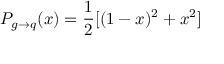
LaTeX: P _ { g \to q } ( x ) = \frac { 1 } { 2 } [ ( 1 - x ) ^ { 2 } + x ^ { 2 } ]